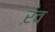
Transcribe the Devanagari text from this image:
ऱव